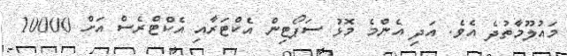
މައުލޫމާތުދެ އެވެ. އަދި އެންމެ މޮޅު ސަޕޯޓިން އެކްޓަރާއި އެކްޓްރެސް އަށް 10000